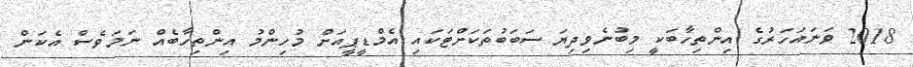
2018 ވަނައަހަރުގެ އިންތިހާބަކީ މިބުނެވިދިޔަ ސަބަބުތަކަށްޓަކައި އެމްޑީޕީއަށް މުހިންމު އިންތިހާބެެއް ނަމަވެސް އެކަން